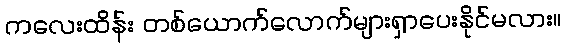
ကလေးထိန်း တစ်ယောက်လောက်များရှာပေးနိုင်မလား။